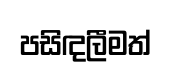
පසිඳලීමත්